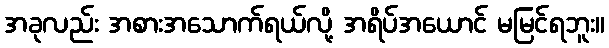
အခုလည်း အစားအသောက်ရယ်လို့ အရိပ်အယောင် မမြင်ရဘူး။